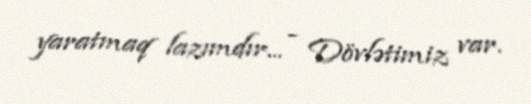
yaratmaq lazımdır... - Dövlətimiz var.